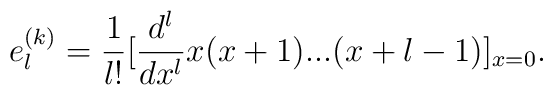
e_{l}^{(k)} = \frac {1}{l!} [\frac {d^l}{dx^l} x(x+1)...(x+l-1)]_{x=0}.\\[4mm]